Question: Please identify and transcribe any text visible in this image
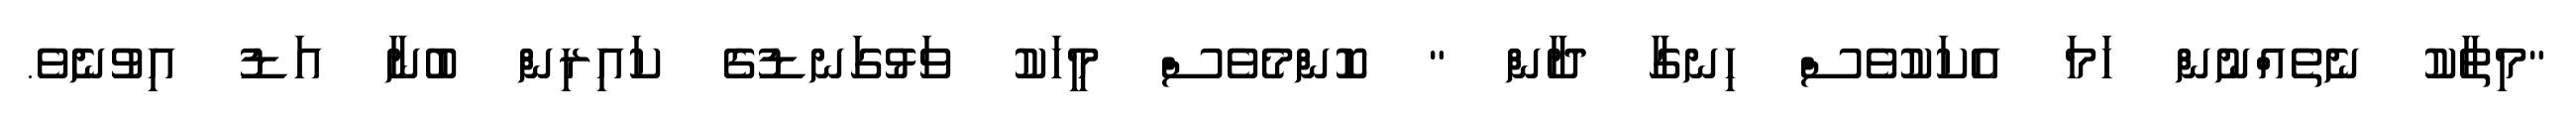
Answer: "މިތާކު ނެތެއްނުން ހަމަ އެކަކުވެސް ހިނގާ ދާން " ކޮންމެވެސް މީހަކު ވަޅުގަނޑުގެ ކައިރިން ބުނާ އަޑު އިވުނެވެ.